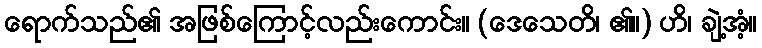
ရောက်သည်၏ အဖြစ်ကြောင့်လည်းကောင်း။ (ဒေသေတိ၊ ၏။) ဟိ၊ ချဲ့အံ့။